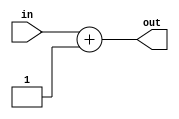
module plus_one(in, out);
	output [15:0] out;
	input  [15:0] in;
	assign out = in + 16'd1;
endmodule